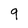
Character: 9